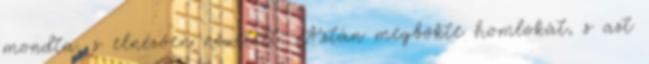
mondta, s elnézően nevetett. Aztán megbökte homlokát, s azt